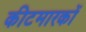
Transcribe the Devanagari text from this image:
कीटमारकों